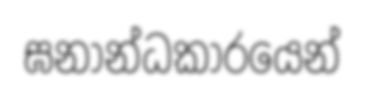
ඝනාන්ධකාරයෙන්